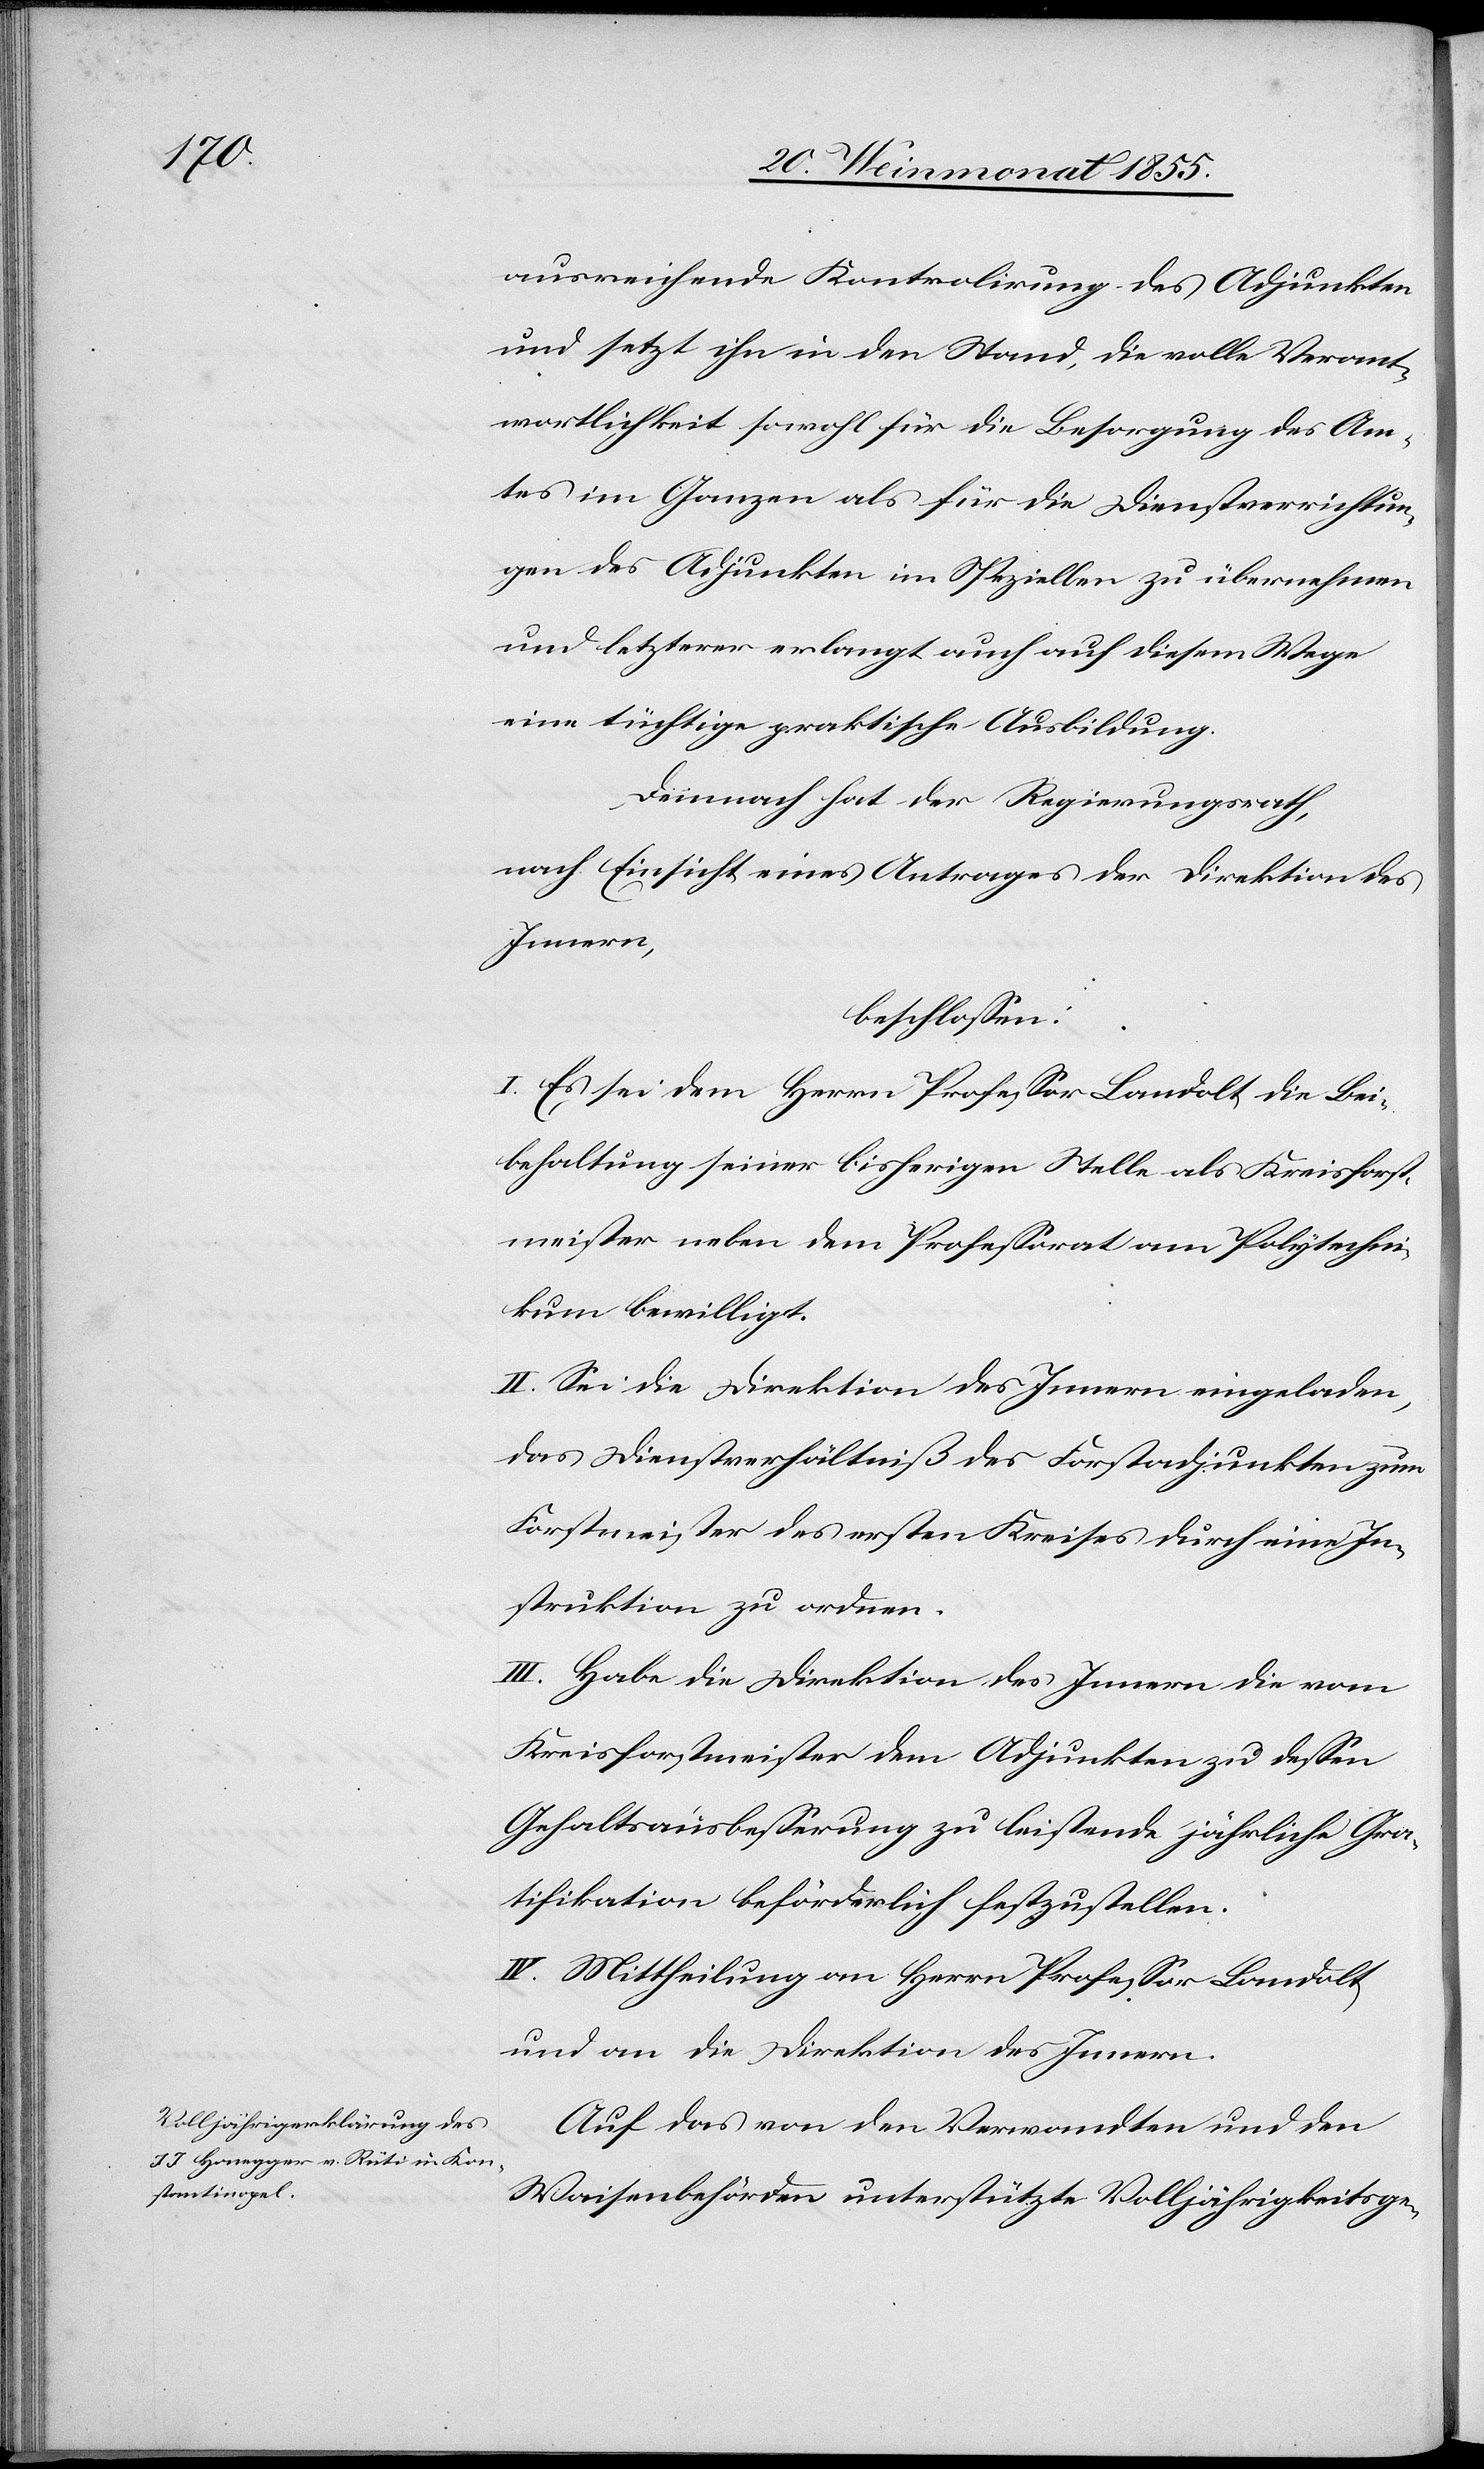
ausreichende Kontrolirung des Adjunkten
und setzt ihn in den Stand, die volle Verant¬
wortlichkeit sowohl für die Besorgung des Am¬
tes im Ganzen als für die Dienstverrichtun¬
gen des Adjunkten im Speziellen zu übernehmen
und letzterer erlangt auch auf diesem Wege
eine tüchtige praktische Ausbildung.
Demnach hat der Regierungsrath,
nach Einsicht eines Antrages der Direktion des
Innern,
beschlossen:
I. Es sei dem Herrn Professor Landolt die Bei¬
behaltung seiner bisherigen Stelle als Kreisforst¬
meister neben dem Professorat am Polytechni¬
kum bewilligt.
II. Sei die Direktion des Innern eingeladen,
das Dienstverhältniß des Forstadjunkten zum
Forstmeister des ersten Kreises durch eine In¬
struktion zu ordnen.
III. Habe die Direktion des Innern die vom
Kreisforstmeister dem Adjunkten zu dessen
Gehaltsausbesserung zu leistende jährliche Gra¬
tifikation beförderlich festzustellen.
IV. Mittheilung an Herrn Professor Landolt
und an die Direktion des Innern.
Auf das von den Verwandten und den
Waisenbehörden unterstützte Volljährigkeitsge-